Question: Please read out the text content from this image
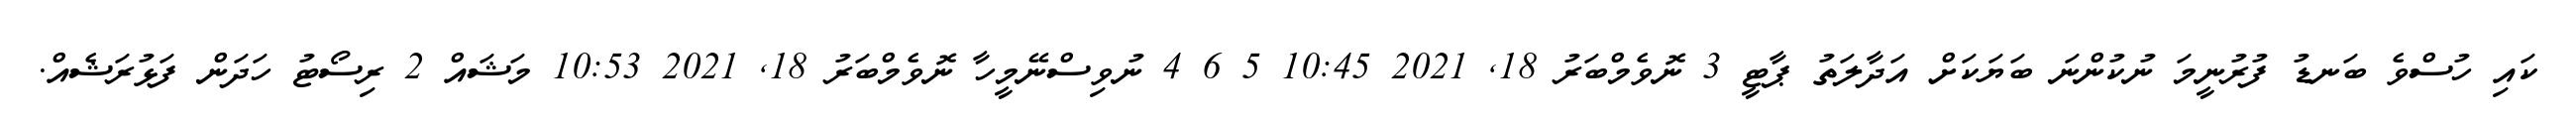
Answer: ކައި ހުސްވެ ބަނޑު ފުރުނީމަ ނުކުންނަ ބަޔަކަށް އަދާލަތު ޕާޓީ 3 ނޮވެމްބަރު 18, 2021 10:45 5 6 4 ނުވިސްނޭމީހާ ނޮވެމްބަރު 18, 2021 10:53 މަޝައް 2 ރިސޯޓު ހަދަން ފަޅުރަޝެއް.